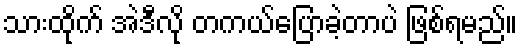
သားထိုက် အဲဒီလို တကယ်ပြောခဲ့တာပဲ ဖြစ်ရမည်။